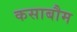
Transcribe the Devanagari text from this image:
कसाबौम